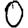
Digit: 0